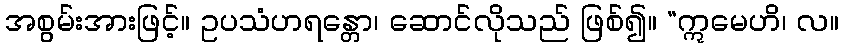
အစွမ်းအားဖြင့်။ ဥပသံဟရန္တော၊ ဆောင်လိုသည် ဖြစ်၍။ “ဣမေဟိ၊ လ။